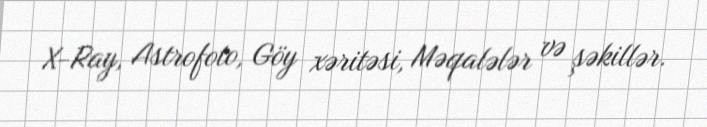
X-Ray, Astrofoto, Göy xəritəsi, Məqalələr və şəkillər.